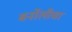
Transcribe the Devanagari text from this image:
बर्नोलीचा